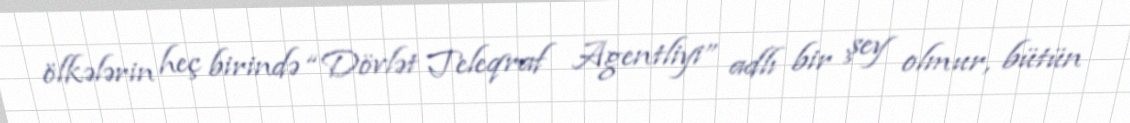
ölkələrin heç birində “Dövlət Teleqraf Agentliyi” adlı bir şey olmur, bütün